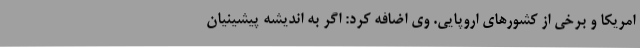
امریکا و برخی از کشورهای اروپایی. وی اضافه کرد: اگر به اندیشه پیشینیان